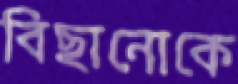
বিছানোকে